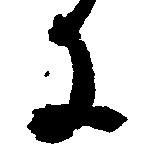
に